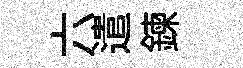
六遣鍊